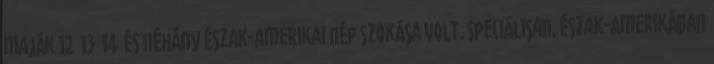
maják 12 13 14 és néhány észak-amerikai nép szokása volt. Speciálisan, Észak-Amerikában